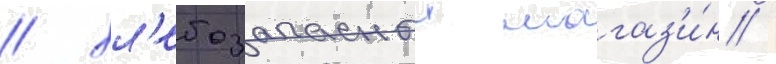
/ хл'ебозапасныи магаз'и́н /